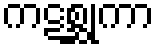
ကဋစ္ဆုကာ